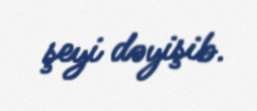
şeyi dəyişib.